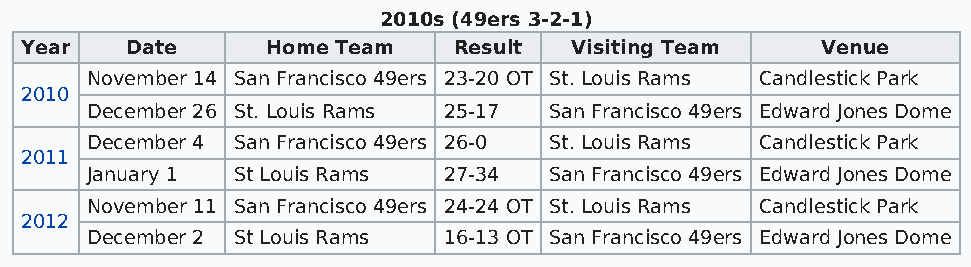
2010s (49ers 3-2-1)
 Year   Date      Home Team   Result  Visiting Team   Venue
 November 14 San Francisco 49ers 23-20 OT St. Louis Rams Candlestick Park
 2010
 December 26 St. Louis Rams 25-17 San Francisco 49ers Edward Jones Dome
 December 4 San Francisco 49ers 26-0 St. Louis Rams Candlestick Park
 2011
 January 1 St Louis Rams 27-34 San Francisco 49ers Edward Jones Dome
 November 11 San Francisco 49ers 24-24 OT St. Louis Rams Candlestick Park
 2012
 December 2 St Louis Rams 16-13 OT San Francisco 49ers Edward Jones Dome